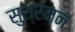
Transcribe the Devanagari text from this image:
सुश्रमन